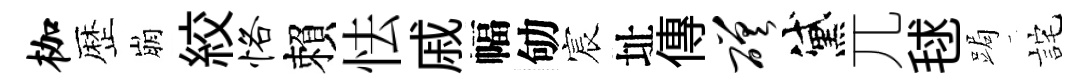
枷歴崩絞恪賴怯戚幅劬宸址傳磋黛兀毬跼詫